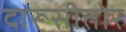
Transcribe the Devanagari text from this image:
दारूसीतोर